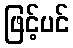
ဖြင့်ပင်